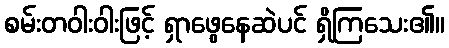
စမ်းတဝါးဝါးဖြင့် ရှာဖွေနေဆဲပင် ရှိကြသေး၏။